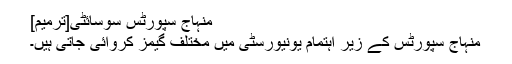
منہاج سپورٹس سوسائٹی[ترمیم]
منہاج سپورٹس کے زیر اہتمام یونیورسٹی میں مختلف گیمز کروائی جاتی ہیں۔